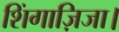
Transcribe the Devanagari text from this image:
शिंगाज़िजा।